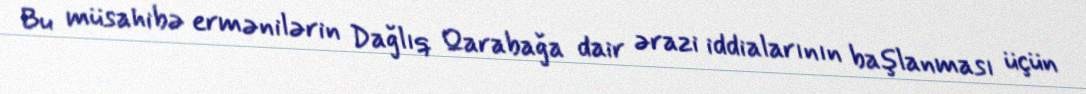
Bu müsahibə ermənilərin Dağlıq Qarabağa dair ərazi iddialarının başlanması üçün